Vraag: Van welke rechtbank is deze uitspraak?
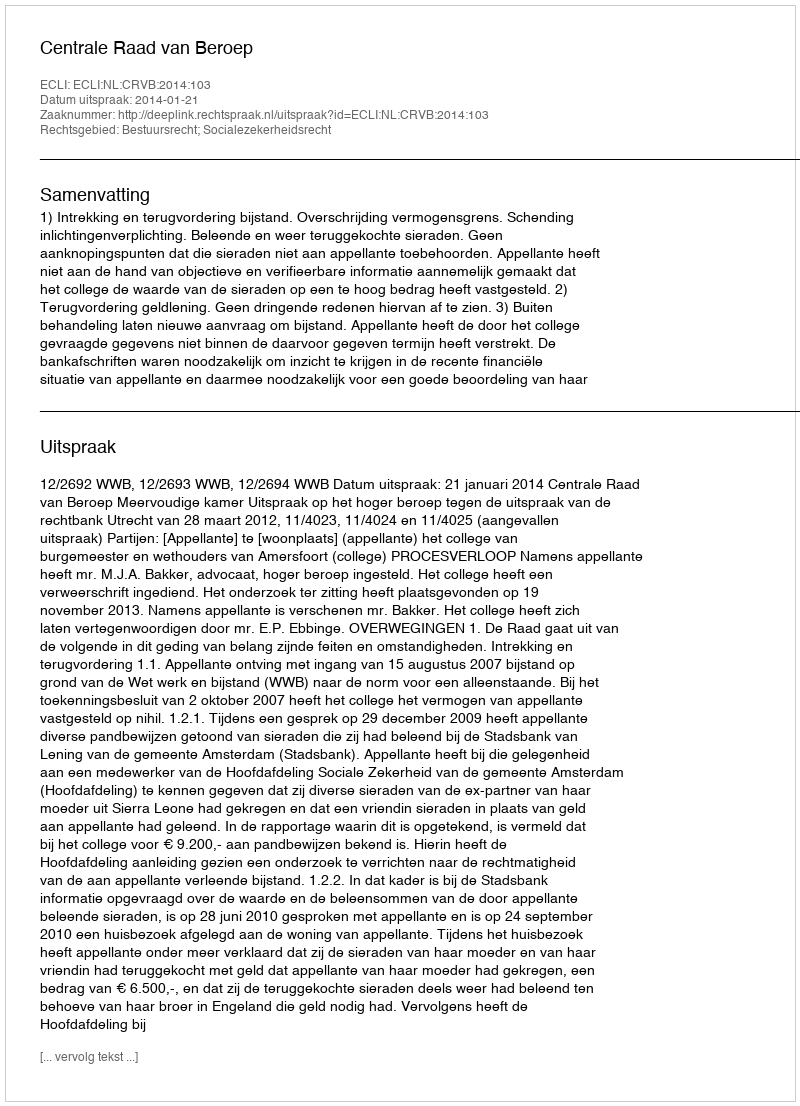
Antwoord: Centrale Raad van Beroep